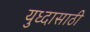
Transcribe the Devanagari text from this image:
युध्दासाठी